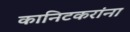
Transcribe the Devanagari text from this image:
कानिटकरांना